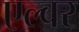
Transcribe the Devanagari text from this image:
एल्वर